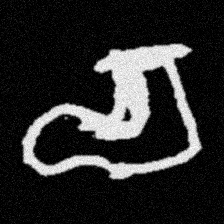
Pyu character \u2014 Myanmar letter: စ (romanized: ca)